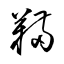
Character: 鞴